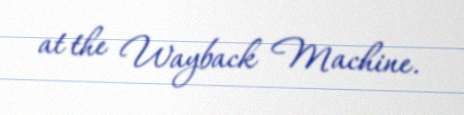
at the Wayback Machine.